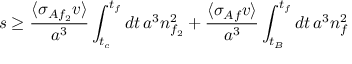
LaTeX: s \geq \frac { \langle \sigma _ { A f _ { 2 } } v \rangle } { a ^ { 3 } } \int _ { t _ { c } } ^ { t _ { f } } d t \, a ^ { 3 } n _ { f _ { 2 } } ^ { 2 } + \frac { \langle \sigma _ { A f } v \rangle } { a ^ { 3 } } \int _ { t _ { B } } ^ { t _ { f } } d t \, a ^ { 3 } n _ { f } ^ { 2 }